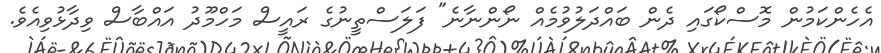
އެހެންކަމުން މޮސްކޯގައި ދެން ބައްދަލުވުމެއް ނޯންނާނެ" ފަލަސްތީނުގެ ރައީސް މަހްމޫދު އައްބާސް ވިދާޅުވިއެވެ.